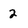
Character: 2